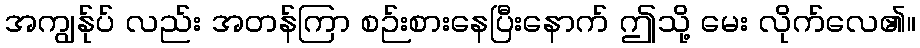
အကျွန်ုပ် လည်း အတန်ကြာ စဉ်းစားနေပြီးနောက် ဤသို့ မေး လိုက်လေ၏။